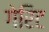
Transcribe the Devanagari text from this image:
गेरिट